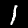
Label: 1